Vaccination in Bombay 1874-1876 - 1874-1876
Year: 1874
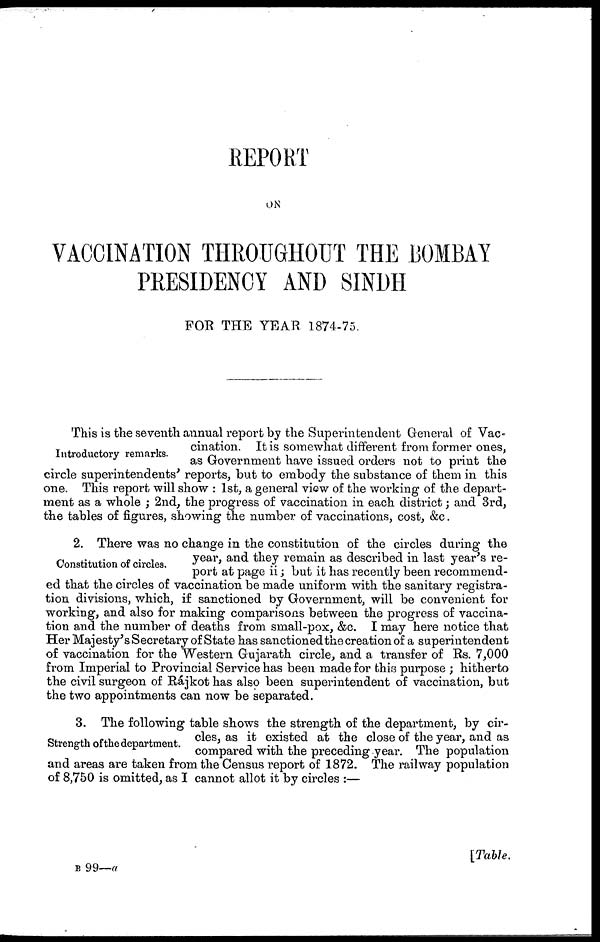
REPORT
ON
VACCINATION THROUGHOUT THE BOMBAY
PRESIDENCY AND SINDH
FOR THE YEAR 1874-75.
Introductory remarks.
This is the seventh annual report by the Superintendent General of Vac-
cination. It is somewhat different from former ones,
as Government have issued orders not to print the
circle superintendents' reports, but to embody the substance of them in this
one. This report will show : 1st, a general view of the working of the depart-
ment as a whole ; 2nd, the progress of vaccination in each district; and 3rd,
the tables of figures, showing the number of vaccinations, cost, &c.
Constitution of circles.
2. There was no change in the constitution of the circles during the
year, and they remain as described in last year's re-
port at page ii; but it has recently been recommend-
ed that the circles of vaccination be made uniform with the sanitary registra-
tion divisions, which, if sanctioned by Government, will be convenient for
working, and also for making comparisons between the progress of vaccina-
tion and the number of deaths from small-pox, &c. I may here notice that
Her Majesty's Secretary of State has sanctioned the creation of a superintendent
of vaccination for the Western Gujarath circle, and a transfer of Rs. 7,000
from Imperial to Provincial Service has been made for this purpose ; hitherto
the civil surgeon of Rájkot has also been superintendent of vaccination, but
the two appointments can now be separated.
Strength of the department.
3. The following table shows the strength of the department, by cir-
cles, as it existed at the close of the year, and as
compared with the preceding year. The population
and areas are taken from the Census report of 1872. The railway population
of 8,750 is omitted, as I cannot allot it by circles :—
[Table.
B 99—a